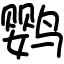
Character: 鹦